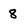
Character: 8